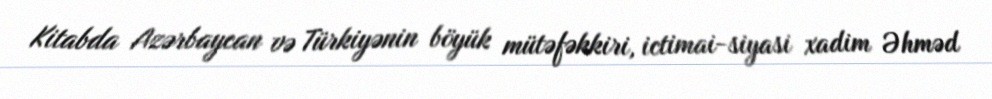
Kitabda Azərbaycan və Türkiyənin böyük mütəfəkkiri, ictimai-siyasi xadim Əhməd